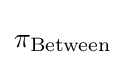
\pi _{\text{Between}}